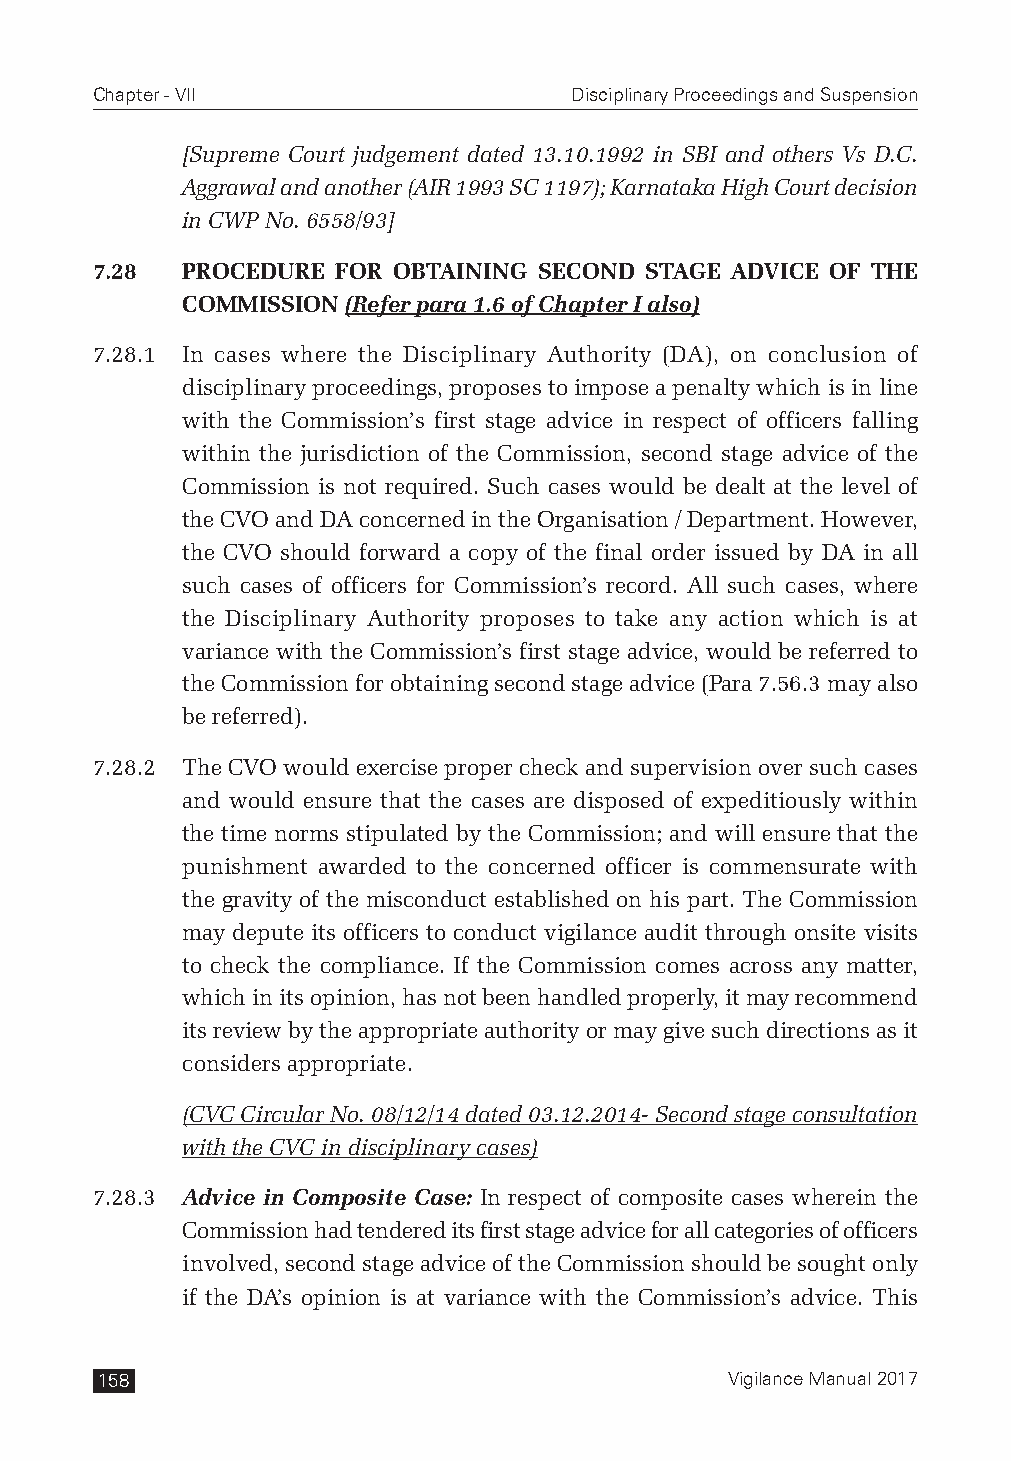
Chapter - VII                   Disciplinary Proceedings and Suspension
 [Supreme Court judgement dated 13.10.1992 in SBI and others Vs D.C.
 Aggrawal and another (AIR 1993 SC 1197); Karnataka High Court decision
 in CWP No. 6558/93]
 7.28  PROCEDURE FOR OBTAINING SECOND STAGE ADVICE OF THE
 COMMISSION (Refer para 1.6 of Chapter I also)
 7.28.1 In cases where the Disciplinary Authority (DA), on conclusion of
 disciplinary proceedings, proposes to impose a penalty which is in line
 with the Commission’s first stage advice in respect of officers falling
 within the jurisdiction of the Commission, second stage advice of the
 Commission is not required. Such cases would be dealt at the level of
 the CVO and DA concerned in the Organisation / Department. However,
 the CVO should forward a copy of the final order issued by DA in all
 such cases of officers for Commission’s record. All such cases, where
 the Disciplinary Authority proposes to take any action which is at
 variance with the Commission’s first stage advice, would be referred to
 the Commission for obtaining second stage advice (Para 7.56.3 may also
 be referred).
 7.28.2 The CVO would exercise proper check and supervision over such cases
 and would ensure that the cases are disposed of expeditiously within
 the time norms stipulated by the Commission; and will ensure that the
 punishment awarded to the concerned officer is commensurate with
 the gravity of the misconduct established on his part. The Commission
 may depute its officers to conduct vigilance audit through onsite visits
 to check the compliance. If the Commission comes across any matter,
 which in its opinion, has not been handled properly, it may recommend
 its review by the appropriate authority or may give such directions as it
 considers appropriate.
 (CVC Circular No. 08/12/14 dated 03.12.2014- Second stage consultation
 with the CVC in disciplinary cases)
 7.28.3 Advice in Composite Case: In respect of composite cases wherein the
 Commission had tendered its first stage advice for all categories of officers
 involved, second stage advice of the Commission should be sought only
 if the DA’s opinion is at variance with the Commission’s advice. This
 158                                       Vigilance Manual 2017